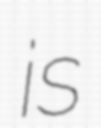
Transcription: is